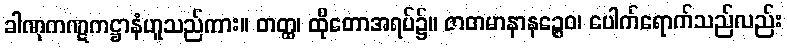
ခါဏုကဏ္ဋကဋ္ဌာနံဟူသည်ကား။ တတ္ထ၊ ထိုတောအရပ်၌။ ဇာတမာနာနဉ္စေဝ၊ ပေါက်ရောက်သည်လည်း